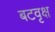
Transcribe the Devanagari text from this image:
बटवृक्ष